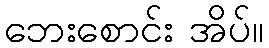
ဘေးစောင်း အိပ်။